Annual report on the health of the army in India
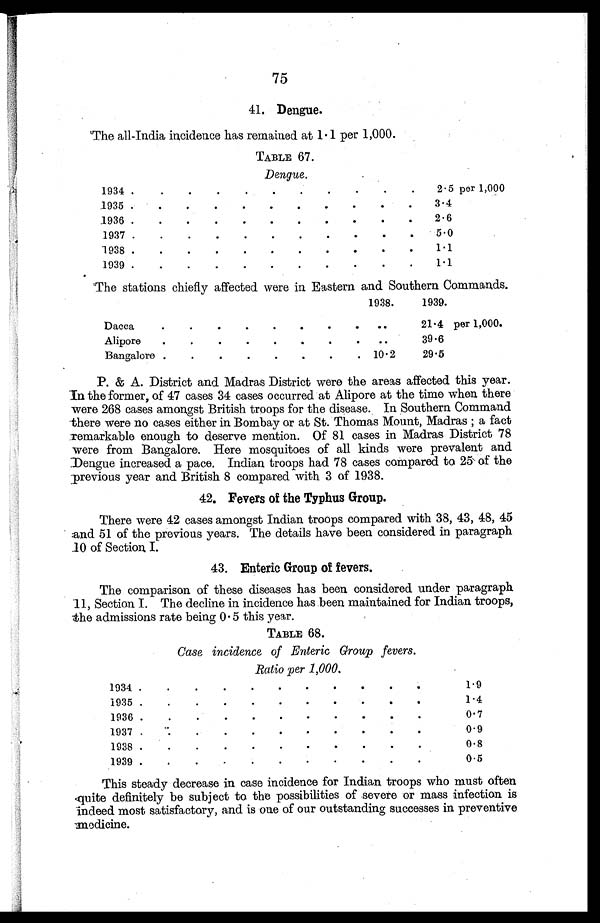
75
41. Dengue.
The all-India incidence has remained at 1.1 per 1,000.
TABLE 67.
Dengue.
1934
.
.
.
2.5 per 1,000
1935
.
.
.
3.4
1936
.
.
.
2.6
1937
.
.
.
5.0
1938
.
.
.
1.1
1939
.
.
.
1.1
The stations chiefly affected were in Eastern and Southern Commands.
1938.
1939.
Dacca
.
.
.
. . .
21.4 per 1,000.
Alipore
.
.
.
. . .
39.6
Bangalore . . . 10.2
29.5
P. & A. District and Madras District were the areas affected this year.
In the former, of 47 cases 34 cases occurred at Alipore at the time when there
were 268 cases amongst British troops for the disease. In Southern Command
there were no cases either in Bombay or at St. Thomas Mount, Madras; a fact
remarkable enough to deserve mention. Of 81 cases in Madras District 78
were from Bangalore. Here mosquitoes of all kinds were prevalent and
Dengue increased a pace. Indian troops had 78 cases compared to 25 of the
previous year and British 8 compared with 3 of 1938.
42. Fevers of the Typhus Group.
There were 42 cases amongst Indian troops compared with 38, 43, 48, 45
and 51 of the previous years. The details have been considered in paragraph
10 of Section I.
43 . Enteric Group of fevers.
The comparison of these diseases has been considered under paragraph
11, Section I. The decline in incidence has been maintained for Indian troops,
the admissions rate being 0.5 this year.
TABLE 68.
Case incidence of Enteric Group fevers.
Ratio per 1,000.
1934
.
.
.
1.9
1935
.
.
.
1.4
1936
.
.
.
0.7
1937
.
.
.
0.9
1938
.
.
.
0.8
1939
.
.
.
0.5
This steady decrease in case incidence for Indian troops who must often
quite definitely be subject to the possibilities of severe or mass infection is
i ndeed most satisfactory, and is one of our outstanding successes in preventive
medicine.